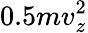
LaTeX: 0.5mv_{z}^{2}